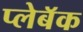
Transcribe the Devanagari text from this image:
प्लेबॅक